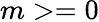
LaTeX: m>=0